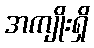
အကျိုးရှိ